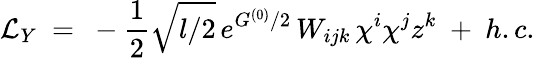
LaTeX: {\cal L}_{Y}~=~-\frac{1}{2}\sqrt{l/2}\, e^{G^{(0)}/2}\, W_{ijk}\, \chi^{i}\chi^{j}z^{k}~+~h.c.